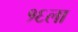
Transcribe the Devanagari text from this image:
१६ला